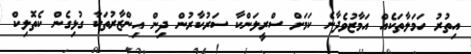
އިތުރު ހަމަލާތަކެއް އަމާޒުވެދާނެ ކަމަށް ސްރީލަންކާ ސަރުކާރުން ދިން އިންޒާރުތަކާ ގުޅިގެން ކެތޮލިކް